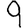
Digit: 9